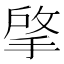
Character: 𢯄